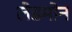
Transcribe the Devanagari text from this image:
लेडमोन